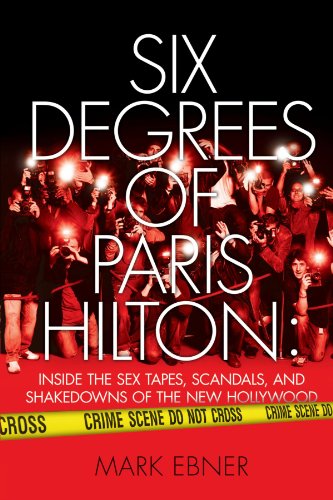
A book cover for Six Degrees of Paris Hilton: Inside the Sex Tapes, Scandals, and Shakedowns of the New Hollywood; Mark Ebner; Biographies & Memoirs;